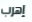
إهرب